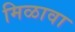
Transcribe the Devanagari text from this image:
मिळावा